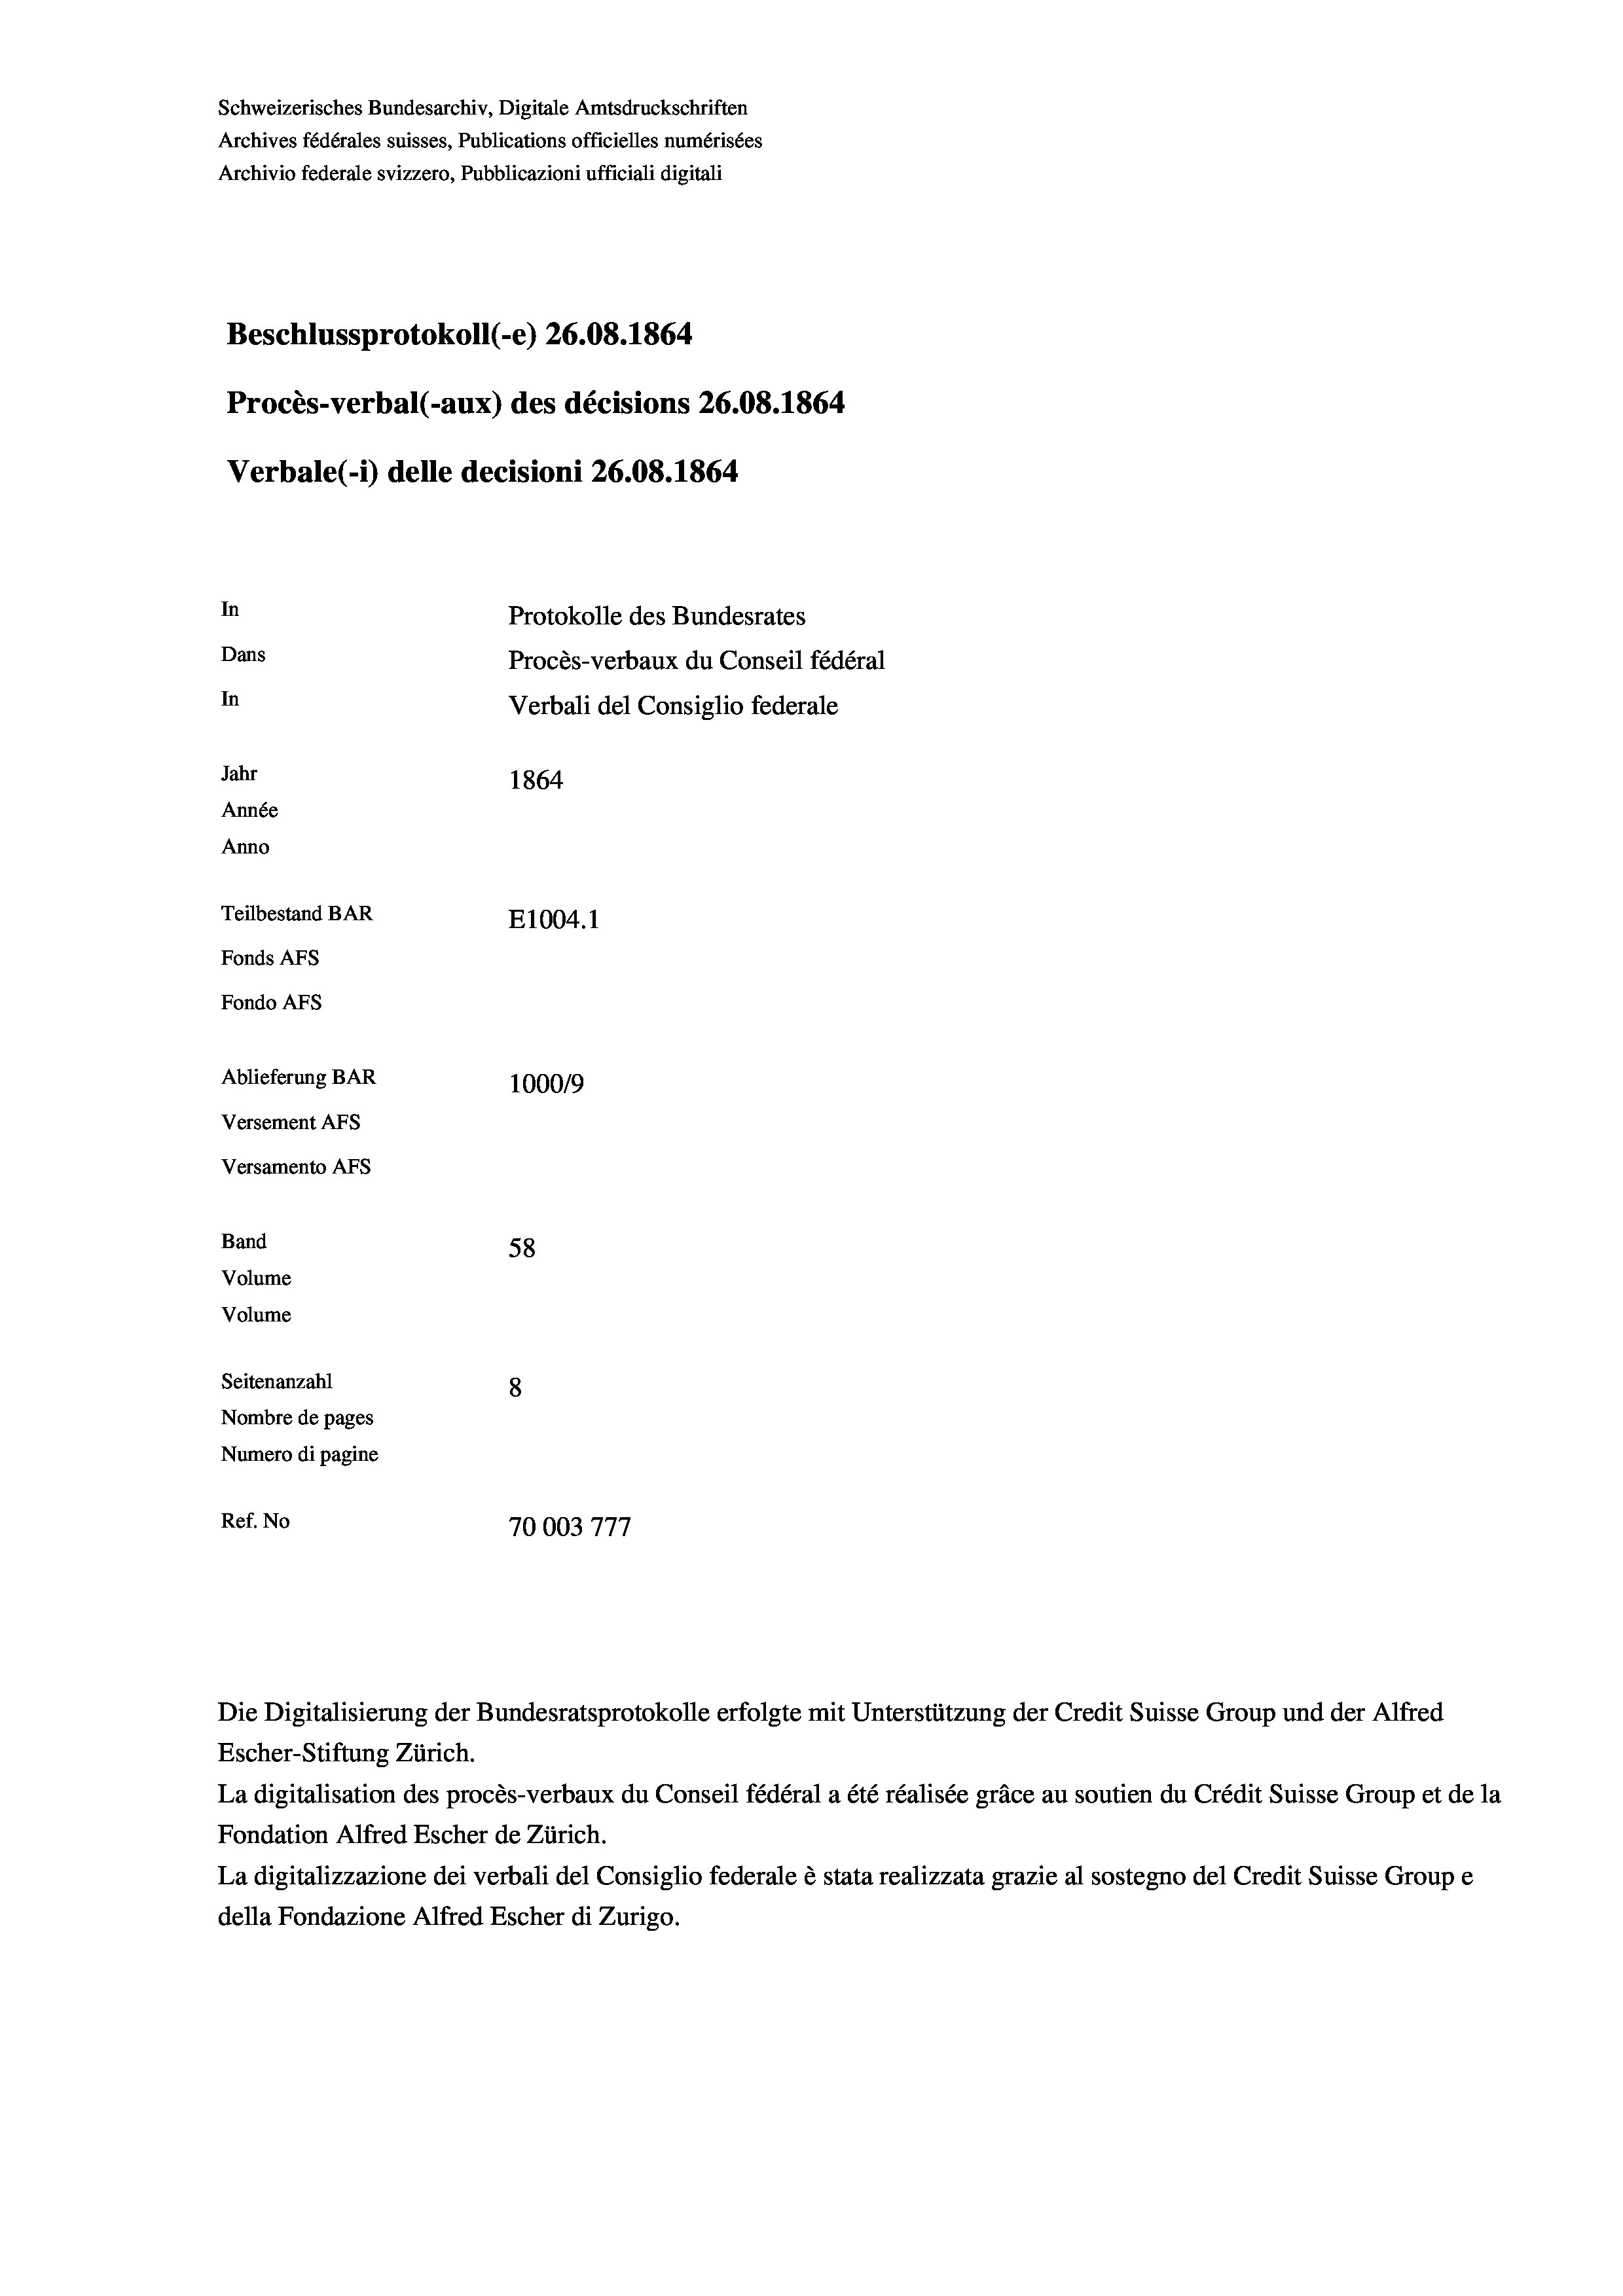
Schweizerisches Bundesarchiv, Digitale Amtsdruckschriften
Archives fédérales suisses, Publications officielles numérisées
Archivio federale svizzero, Pubblicazioni ufficiali digitali
Beschlussprotokoll (-e) 26.08. 1864
Procès-verbal (-aux) des décisions 26.08. 1864
Verbale (i) delle decisioni 26.08. 1864
In
Protokolle des Bundesrates
Dans
Procès-verbaux du Conseil fédéral
In
Verbali del Consiglio federale
Jahr
1864
Année
Anno
Teilbestand BAR
E1004. 1
Fonds Afs
Fondo AFs

58
Seitenanzahl
8
Nombre de pages
Numero di pagine
Ref. No
70003777

Ablieferung BAR
Versement AFs
Versamento Afs
Band
Volume
Volume

Escher-Stiftung Zürich.
La digitalisation des procès-verbaux du Conseil fédéral a été réalisée gräce au soutien du Crédit Suisse Group et de la
Fondation Alfred Escher de Zürich.
La digitalizzazione dei verbali del Consiglio federale è stata realizzata grazie al sostegno del Credit Suisse Groupe
della Fondazione Alfred Escher di Zurigo.

100019

Die Digitalisierung der Bundesratsprotokolle erfolgte mit Unterstützung der Credit Suisse Group und der Alfred